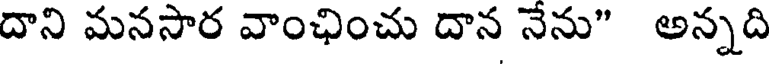
దాని మనసార వాంఛించు దాన నేను" అన్నది